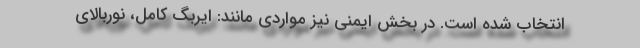
انتخاب شده است. در بخش ایمنی نیز مواردی مانند: ایربگ کامل، نوربالای